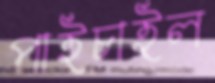
পাইচাইল